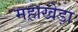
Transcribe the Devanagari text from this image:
महाखेड़ा